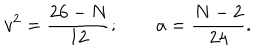
v ^ { 2 } = \frac { 2 6 - N } { 1 2 } ; \qquad a = \frac { N - 2 } { 2 4 } .